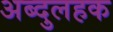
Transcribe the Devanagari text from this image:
अब्दुलहक